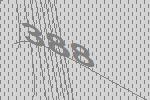
388